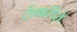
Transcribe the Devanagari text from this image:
टोंगारीरो